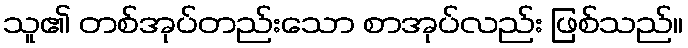
သူ၏ တစ်အုပ်တည်းသော စာအုပ်လည်း ဖြစ်သည်။